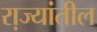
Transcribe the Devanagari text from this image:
रा़ज्यांतील